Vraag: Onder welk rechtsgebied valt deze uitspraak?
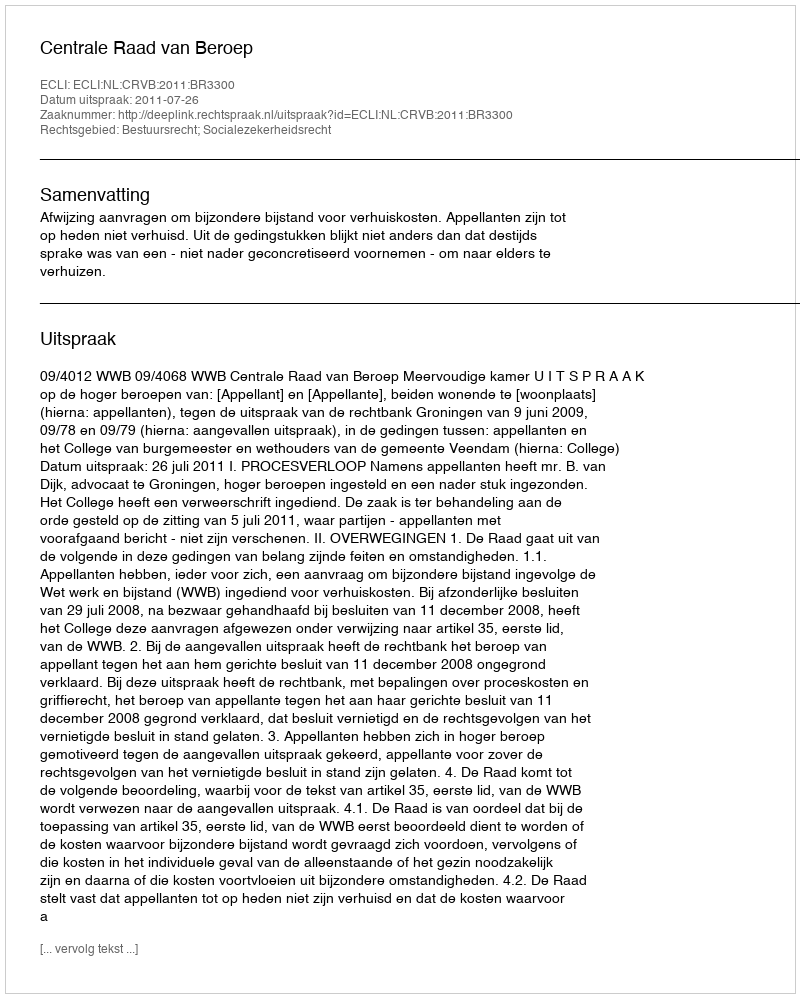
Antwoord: Bestuursrecht; Socialezekerheidsrecht